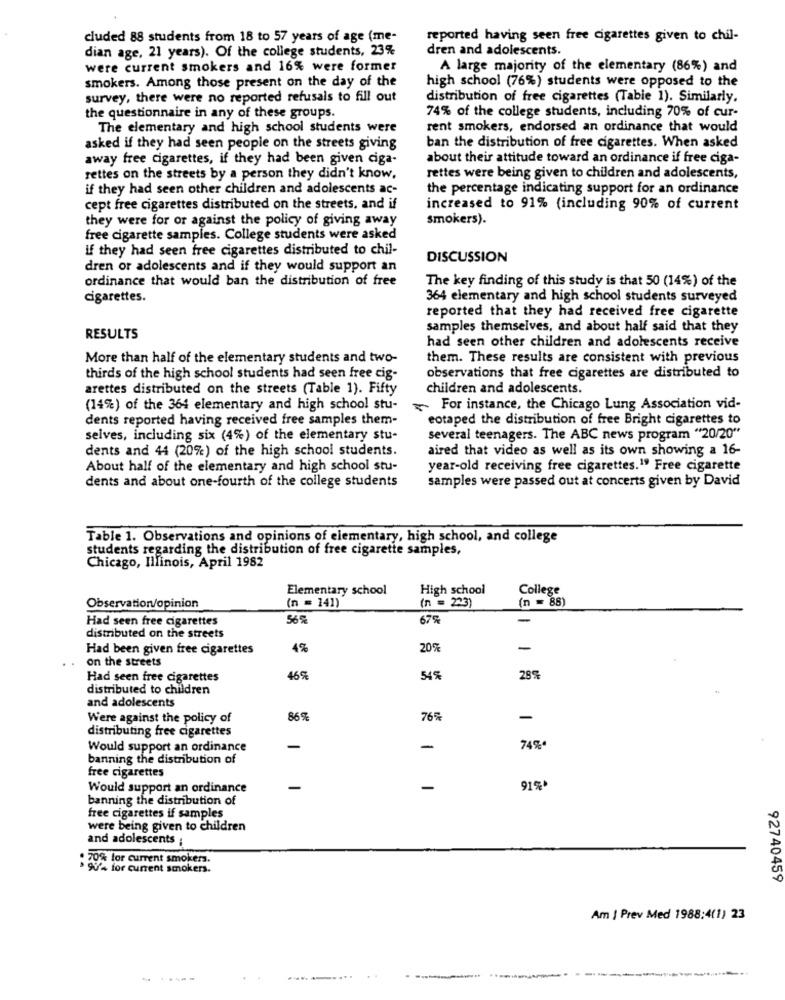
cluded 88 students from 18 to 57 years of age (me-
reported having seen free cigarettes given to chil-
dian age, 21 years). Of the college students, 23%
dren and adolescents.
were current smokers and 16% were former
A large majority of the elementary (86%) and
smokers. Among those present on the day of the
high school (76%) students were opposed to the
survey, there were no reported refusals to fill out
distribution of free cigarettes (Tabie 1). Similarly.
the questionnaire in any of these groups.
74% of the college students, including 70% of cur-
The elementary and high school students were
rent smokers, endorsed an ordinance that would
asked if they had seen people on the streets giving
ban the distribution of free cigarettes. When asked
away free cigarettes, if they had been given ciga-
about their attitude toward an ordinance if free ciga-
rettes on the streets by a person they didn't know,
rettes were being given to children and adolescents,
if they had seen other children and adolescents ac-
the percentage indicating support for an ordinance
cept free cigarettes distributed on the streets, and if
increased to 91% (including 90% of current
they were for or against the policy of giving away
smokers).
free cigarette samples. College students were asked
if they had seen free cigarettes distributed to chil-
DISCUSSION
dren or adolescents and if they would support an
ordinance that would ban the distribution of free
The key finding of this study is that 50 (14%) of the
cigarettes.
364 elementary and high school students surveyed
reported that they had received free cigarette
samples themselves, and about half said that they
RESULTS
had seen other children and adolescents receive
More than half of the elementary students and two-
them. These results are consistent with previous
thirds of the high school students had seen free cig-
observations that free cigarettes are distributed to
arettes distributed on the streets (Table 1). Fifty
children and adolescents.
(14%) of the 364 elementary and high school stu-
For instance, the Chicago Lung Association vid-
dents reported having received free samples them-
eotaped the distribution of free Bright cigarettes to
seives, including six (4%) of the elementary stu-
several teenagers. The ABC news program "20/20"
dents and 44 (20%) of the high school students.
aired that video as well as its own showing a 16-
About half of the elementary and high school stu-
year-old receiving free cigarettes.19 Free cigarette
dents and about one-fourth of the college students
samples were passed out at concerts given by David
Table 1. Observations and opinions of elementary, high school, and college
students regarding the distribution of free cigarette samples,
Chicago, Illinois, April 1982
Elementary school
High school
College
(n = 88)
Observationv/opinion
(n = 141)
(n = 223)
Had seen free cigarettes
67%
-
distributed on the streets
Had been given free cigarettes
4%
20%
-
on the streets
Had seen free cigarettes
46%
54%
289
distributed to children
and adolescents
Were against the policy of
869
76%
-
distributing free cigarettes
Would support an ordinance
-
74%
banning the distribution of
free cigarettes
Would support an ordinance
-
91%*
banning the distribution of
free cigarettes if samples
were being given to children
and adolescents ;
. 70% for current smokers.
. 99% for current smokers.
92740459
Am | Prev Med 1988:4(1) 23
.....